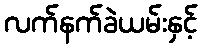
လက်နက်ခဲယမ်းနှင့်